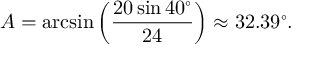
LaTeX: A = \arcsin \left( { \frac { 2 0 \sin 4 0 ^ { \circ } } { 2 4 } } \right) \approx 3 2 . 3 9 ^ { \circ } .